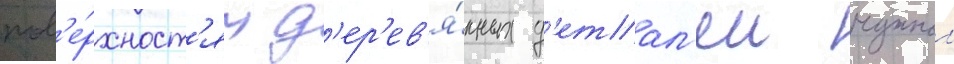
пов'е́рхност'ям д'ер'ев'я́нных д'етал'еи нужнои